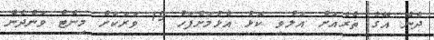
ދެނެ އޭގެ ތެރެއަށް އަލުވި ކޮޅު އެޅުމަށްފަހު 15 ވަރަކަށް މިނެޓް ވަންދެން